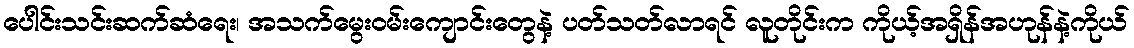
ပေါင်းသင်းဆက်ဆံရေး၊ အသက်မွေးဝမ်းကျောင်းတွေနဲ့ ပတ်သတ်လာရင် လူတိုင်းက ကိုယ့်အရှိန်အဟုန်နဲ့ကိုယ်